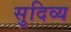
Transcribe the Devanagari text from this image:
सुदिव्य